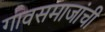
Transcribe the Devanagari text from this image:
गावसमाजांची